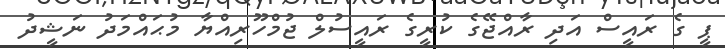
ޕީ ގެ ރައީސް އަދި ރާއްޖޭގެ ކުރީގެ ރައީސުލް ޖުމްހޫރިއްޔާ މުޙައްމަދު ނަޝީދު